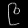
Digit: ၉